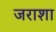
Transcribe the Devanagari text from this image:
जराशा